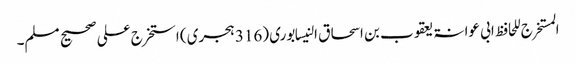
المستخرج للحافظ ابی عوانۃ یعقوب بن اسحاق النیسابوری (316 ہجری) استخرج علی صحیح مسلم۔